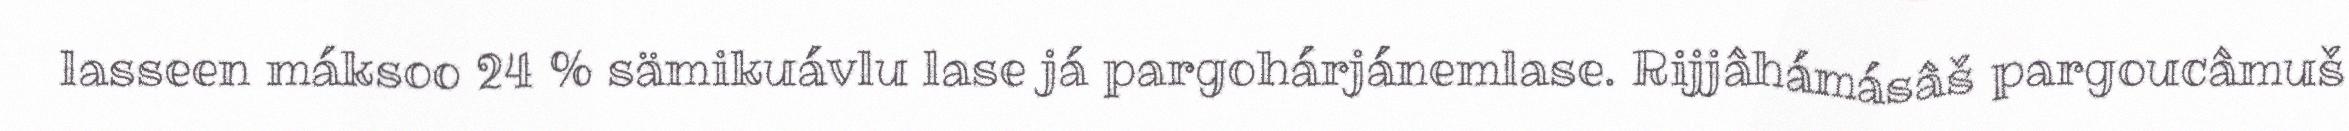
lasseen máksoo 24 % sämikuávlu lase já pargohárjánemlase. Rijjâhámásâš pargoucâmuš